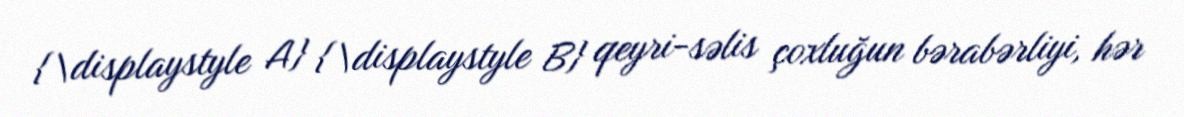
{\displaystyle A} {\displaystyle B} qeyri-səlis çoxluğun bərabərliyi, hər